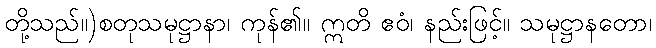
တို့သည်။)စတုသမုဋ္ဌာနာ၊ ကုန်၏။ ဣတိ ဧဝံ၊ နည်းဖြင့်။ သမုဋ္ဌာနတော၊